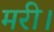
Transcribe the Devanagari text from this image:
मरी।